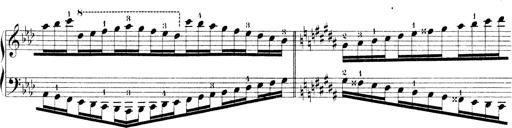
Title: Technische Studien
Composer: Franz Liszt